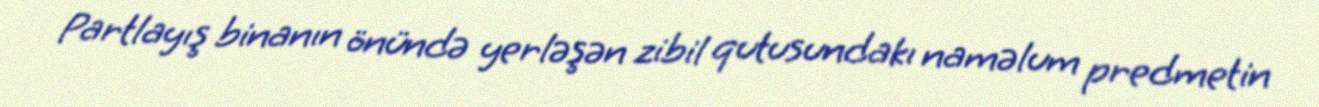
Partlayış binanın önündə yerləşən zibil qutusundakı naməlum predmetin